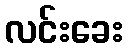
လင်းခေး